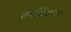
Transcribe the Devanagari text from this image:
वनविश्राम